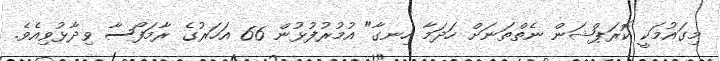
މިގައުމަކީ ކޮރަޕްޝަން ނެތްތަނަށް ހަދަމާ ހިނގާ" އުމުރުފުޅުން 66 އަހަރުގެ ރާމަފޯސާ ވިދާޅުވިއެވެ.